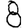
Digit: 8